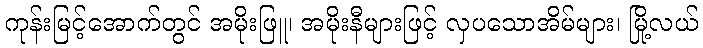
ကုန်းမြင့်အောက်တွင် အမိုးဖြူ၊ အမိုးနီများဖြင့် လှပသောအိမ်များ၊ မြို့လယ်